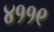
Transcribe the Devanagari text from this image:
४११९